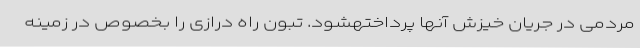
مردمی در جریان خیزش آنها پرداختهشود. تبون راه درازی را بخصوص در زمینه